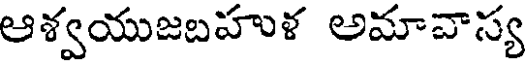
ఆశ్వయుజబహుళ అమావాస్య